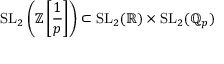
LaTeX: \mathrm { S L } _ { 2 } \left( \mathbb { Z } \left[ { \frac { 1 } { p } } \right] \right) \subset \mathrm { S L } _ { 2 } ( \mathbb { R } ) \times \mathrm { S L } _ { 2 } ( \mathbb { Q } _ { p } )